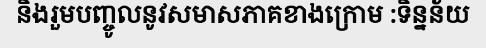
និងរួមបញ្ចូលនូវសមាសភាគខាងក្រោម :ទិន្នន័យ